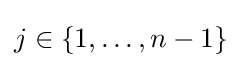
j\in \{1,\ldots ,n-1\}